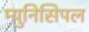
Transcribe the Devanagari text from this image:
म्‍युनिसिपल